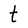
Character: t